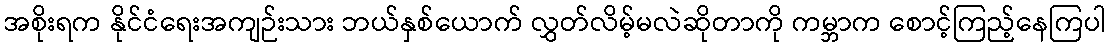
အစိုးရက နိုင်ငံရေးအကျဉ်းသား ဘယ်နှစ်ယောက် လွှတ်လိမ့်မလဲဆိုတာကို ကမ္ဘာက စောင့်ကြည့်နေကြပါ